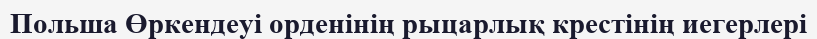
Польша Өркендеуі орденінің рыцарлық крестінің иегерлері